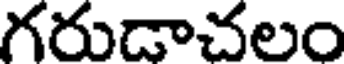
గరుడాచలం